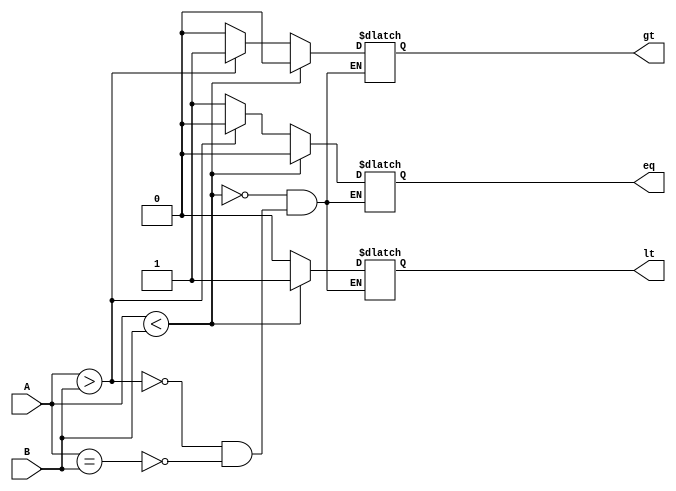
module compara_ray(A, B, eq, gt, lt);
input [3:0]A, B;
output reg eq, gt, lt;

always@(*)
	begin
	if(A==B)
		begin
		eq=1'b1;
		gt=1'b0;
		lt=1'b0;
		end
	if(A>B)
		begin
		eq=1'b0;
		gt=1'b1;
		lt=1'b0;
		end
	if(A<B)
		begin
		eq=1'b0;
		gt=1'b0;
		lt=1'b1;
		end
end
endmodule